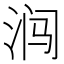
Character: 𰛩